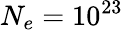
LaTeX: N_{e}=10^{23}